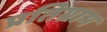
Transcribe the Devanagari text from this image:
प्रतिग्राम